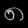
Digit: ၈